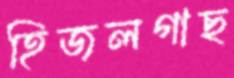
হিজলগাছ